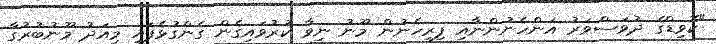
"ކޮވިޑްގެ ދުވަސްވަރު އަންހެނުންނާއި ފިރިހެނުން މޫނު ނިވާ ކުރުވައިގެން ގެންގުޅެފައި މިއަދު މޫނުބުރުގާ